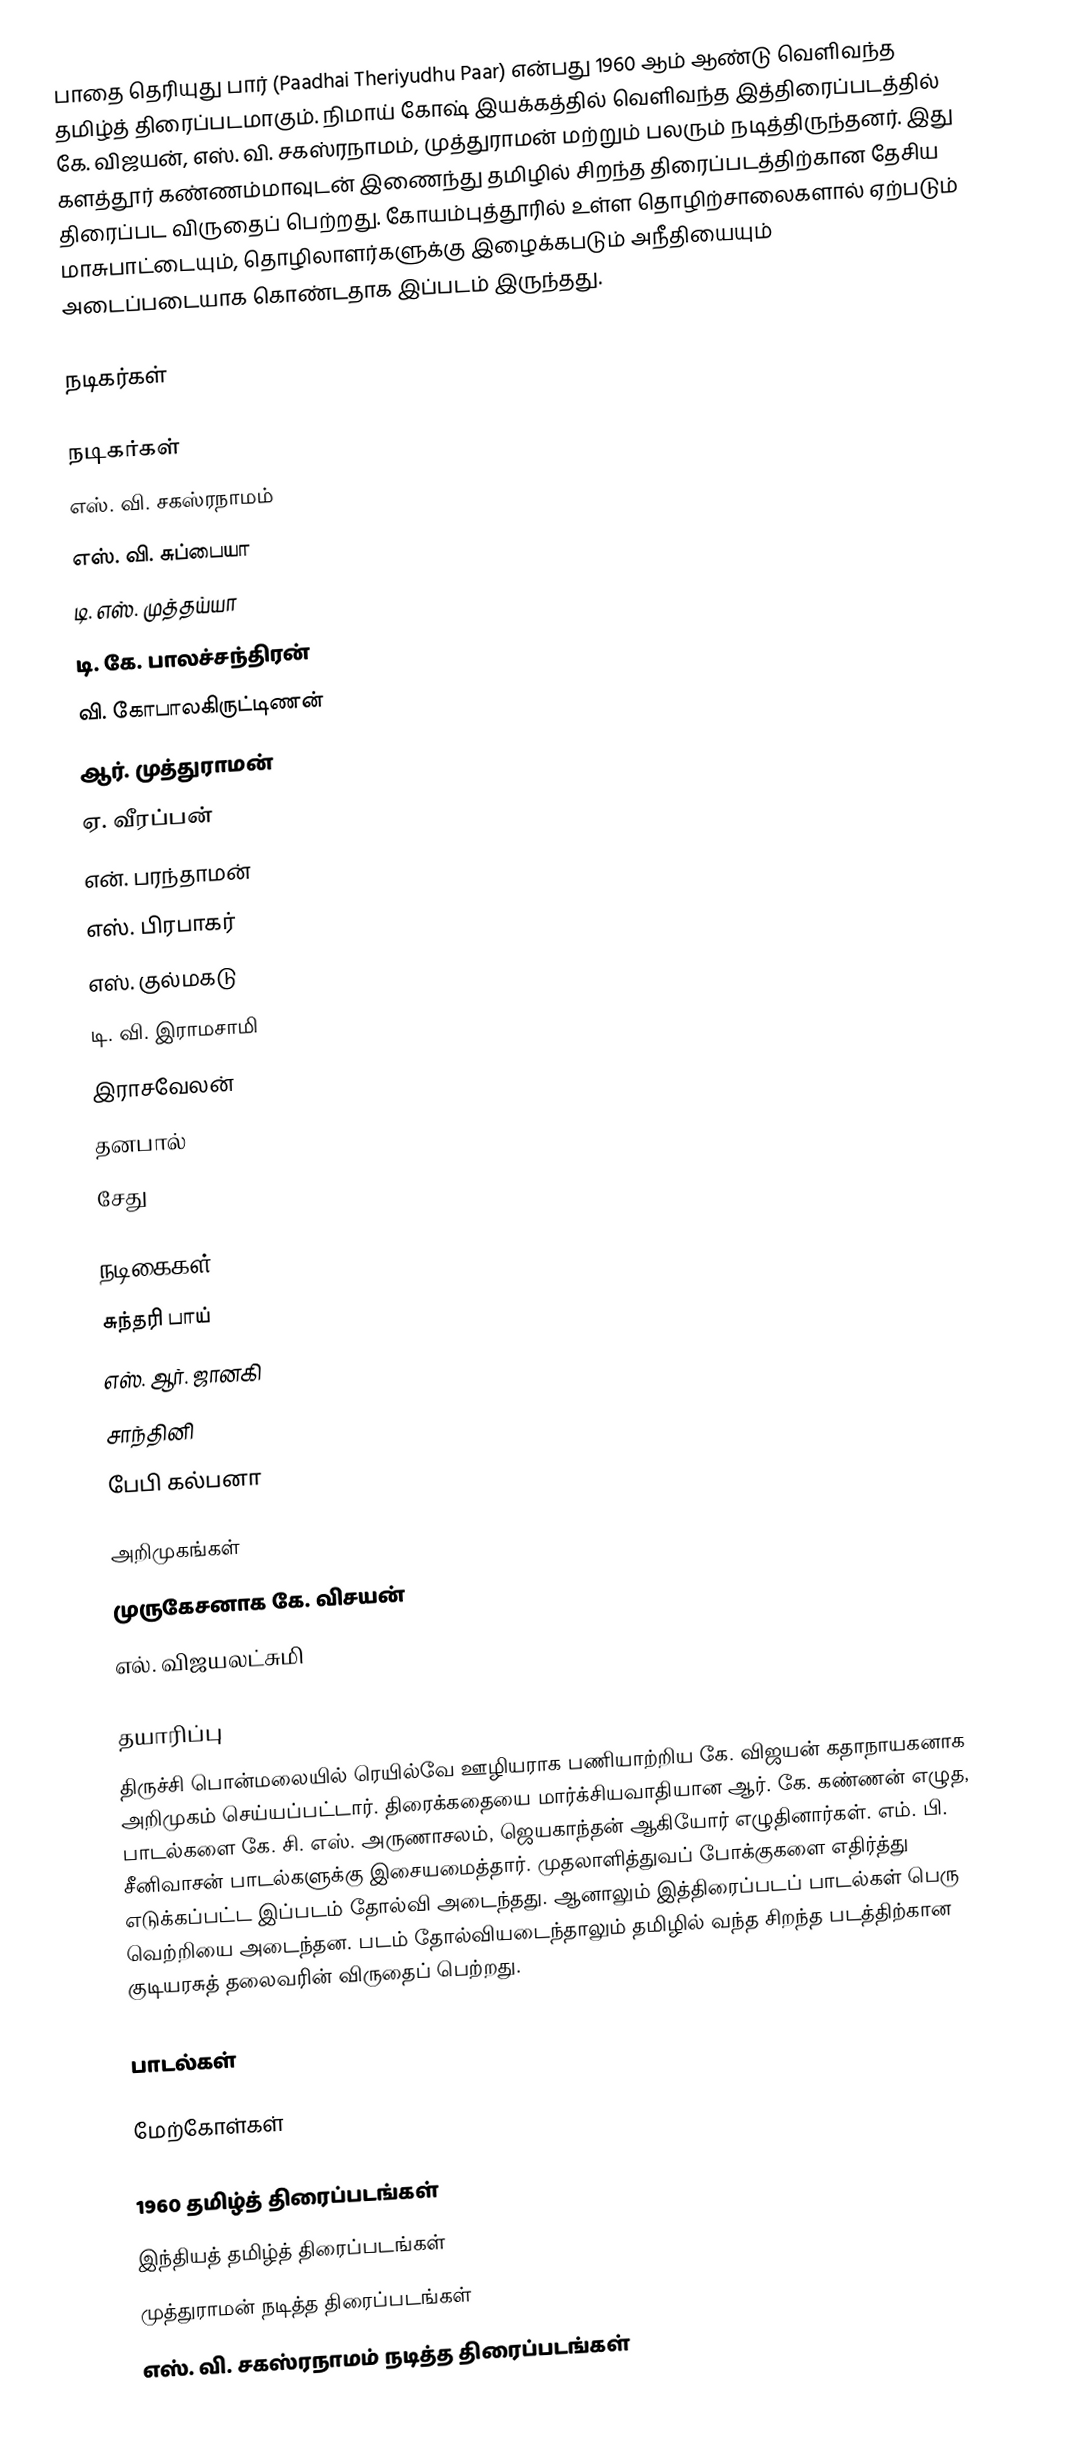
பாதை தெரியுது பார் (Paadhai Theriyudhu Paar) என்பது 1960  ஆம் ஆண்டு வெளிவந்த தமிழ்த் திரைப்படமாகும். நிமாய் கோஷ் இயக்கத்தில் வெளிவந்த இத்திரைப்படத்தில் கே. விஜயன், எஸ். வி. சகஸ்ரநாமம், முத்துராமன் மற்றும் பலரும் நடித்திருந்தனர். இது களத்தூர் கண்ணம்மாவுடன் இணைந்து தமிழில் சிறந்த திரைப்படத்திற்கான தேசிய திரைப்பட விருதைப் பெற்றது. கோயம்புத்தூரில் உள்ள தொழிற்சாலைகளால் ஏற்படும் மாசுபாட்டையும், தொழிலாளர்களுக்கு இழைக்கபடும் அநீதியையும் அடைப்படையாக கொண்டதாக இப்படம் இருந்தது.

நடிகர்கள்

நடிகர்கள்
 எஸ். வி. சகஸ்ரநாமம்
 எஸ். வி. சுப்பையா
 டி. எஸ். முத்தய்யா
 டி. கே. பாலச்சந்திரன்
 வி. கோபாலகிருட்டிணன்
 ஆர். முத்துராமன்
 ஏ. வீரப்பன்
 என். பரந்தாமன்
 எஸ். பிரபாகர்
 எஸ். குல்மகடு
 டி. வி. இராமசாமி
 இராசவேலன்
 தனபால்
 சேது

நடிகைகள்
 சுந்தரி பாய்
 எஸ். ஆர். ஜானகி
 சாந்தினி
 பேபி கல்பனா

அறிமுகங்கள்
 முருகேசனாக கே. விசயன்
 எல். விஜயலட்சுமி

தயாரிப்பு
திருச்சி பொன்மலையில் ரெயில்வே ஊழியராக பணியாற்றிய கே. விஜயன் கதாநாயகனாக அறிமுகம் செய்யப்பட்டார். திரைக்கதையை மார்க்சியவாதியான ஆர். கே. கண்ணன் எழுத, பாடல்களை கே. சி. எஸ். அருணாசலம், ஜெயகாந்தன் ஆகியோர் எழுதினார்கள். எம். பி. சீனிவாசன் பாடல்களுக்கு இசையமைத்தார். முதலாளித்துவப் போக்குகளை எதிர்த்து எடுக்கப்பட்ட இப்படம் தோல்வி அடைந்தது. ஆனாலும் இத்திரைப்படப் பாடல்கள் பெரு வெற்றியை அடைந்தன. படம் தோல்வியடைந்தாலும் தமிழில் வந்த சிறந்த படத்திற்கான குடியரசுத் தலைவரின் விருதைப் பெற்றது.

பாடல்கள்

மேற்கோள்கள்

1960 தமிழ்த் திரைப்படங்கள்
இந்தியத் தமிழ்த் திரைப்படங்கள்
முத்துராமன் நடித்த திரைப்படங்கள்
எஸ். வி. சகஸ்ரநாமம் நடித்த திரைப்படங்கள்